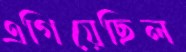
এগিয়েছিল